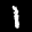
Label: 1